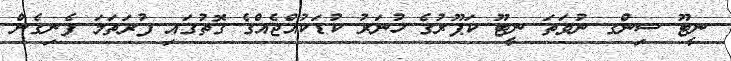
ނީޓޫ ސިންގ ނުވަތަ ނީޓޫ ކަޕޫރުގެ ހުނަރު ކުޑަކުއްޖެއްގެ ގޮތުގައި ފުރަތަމަ ފެނިގެން